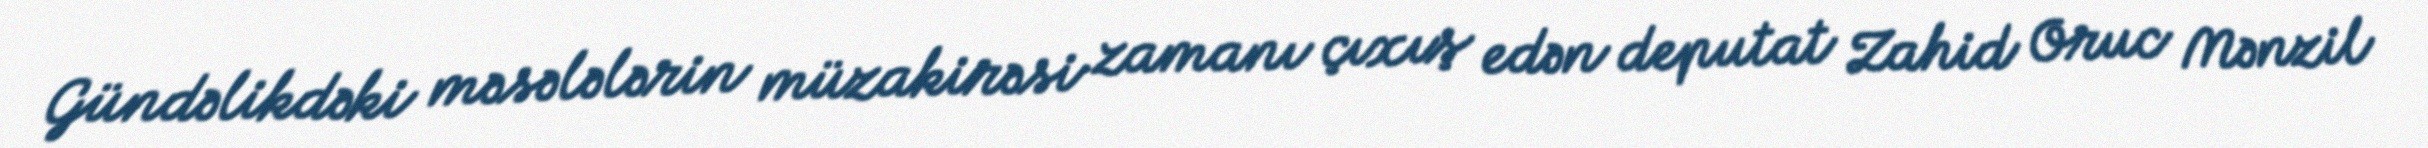
Gündəlikdəki məsələlərin müzakirəsi zamanı çıxış edən deputat Zahid Oruc Mənzil